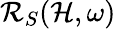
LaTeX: \mathcal{R}_{S}(\mathcal{H},\omega)